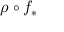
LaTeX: \rho \circ f _ { * }